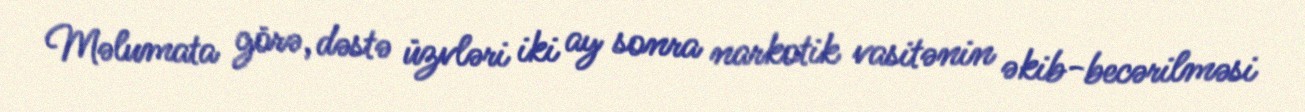
Məlumata görə, dəstə üzvləri iki ay sonra narkotik vasitənin əkib-becərilməsi